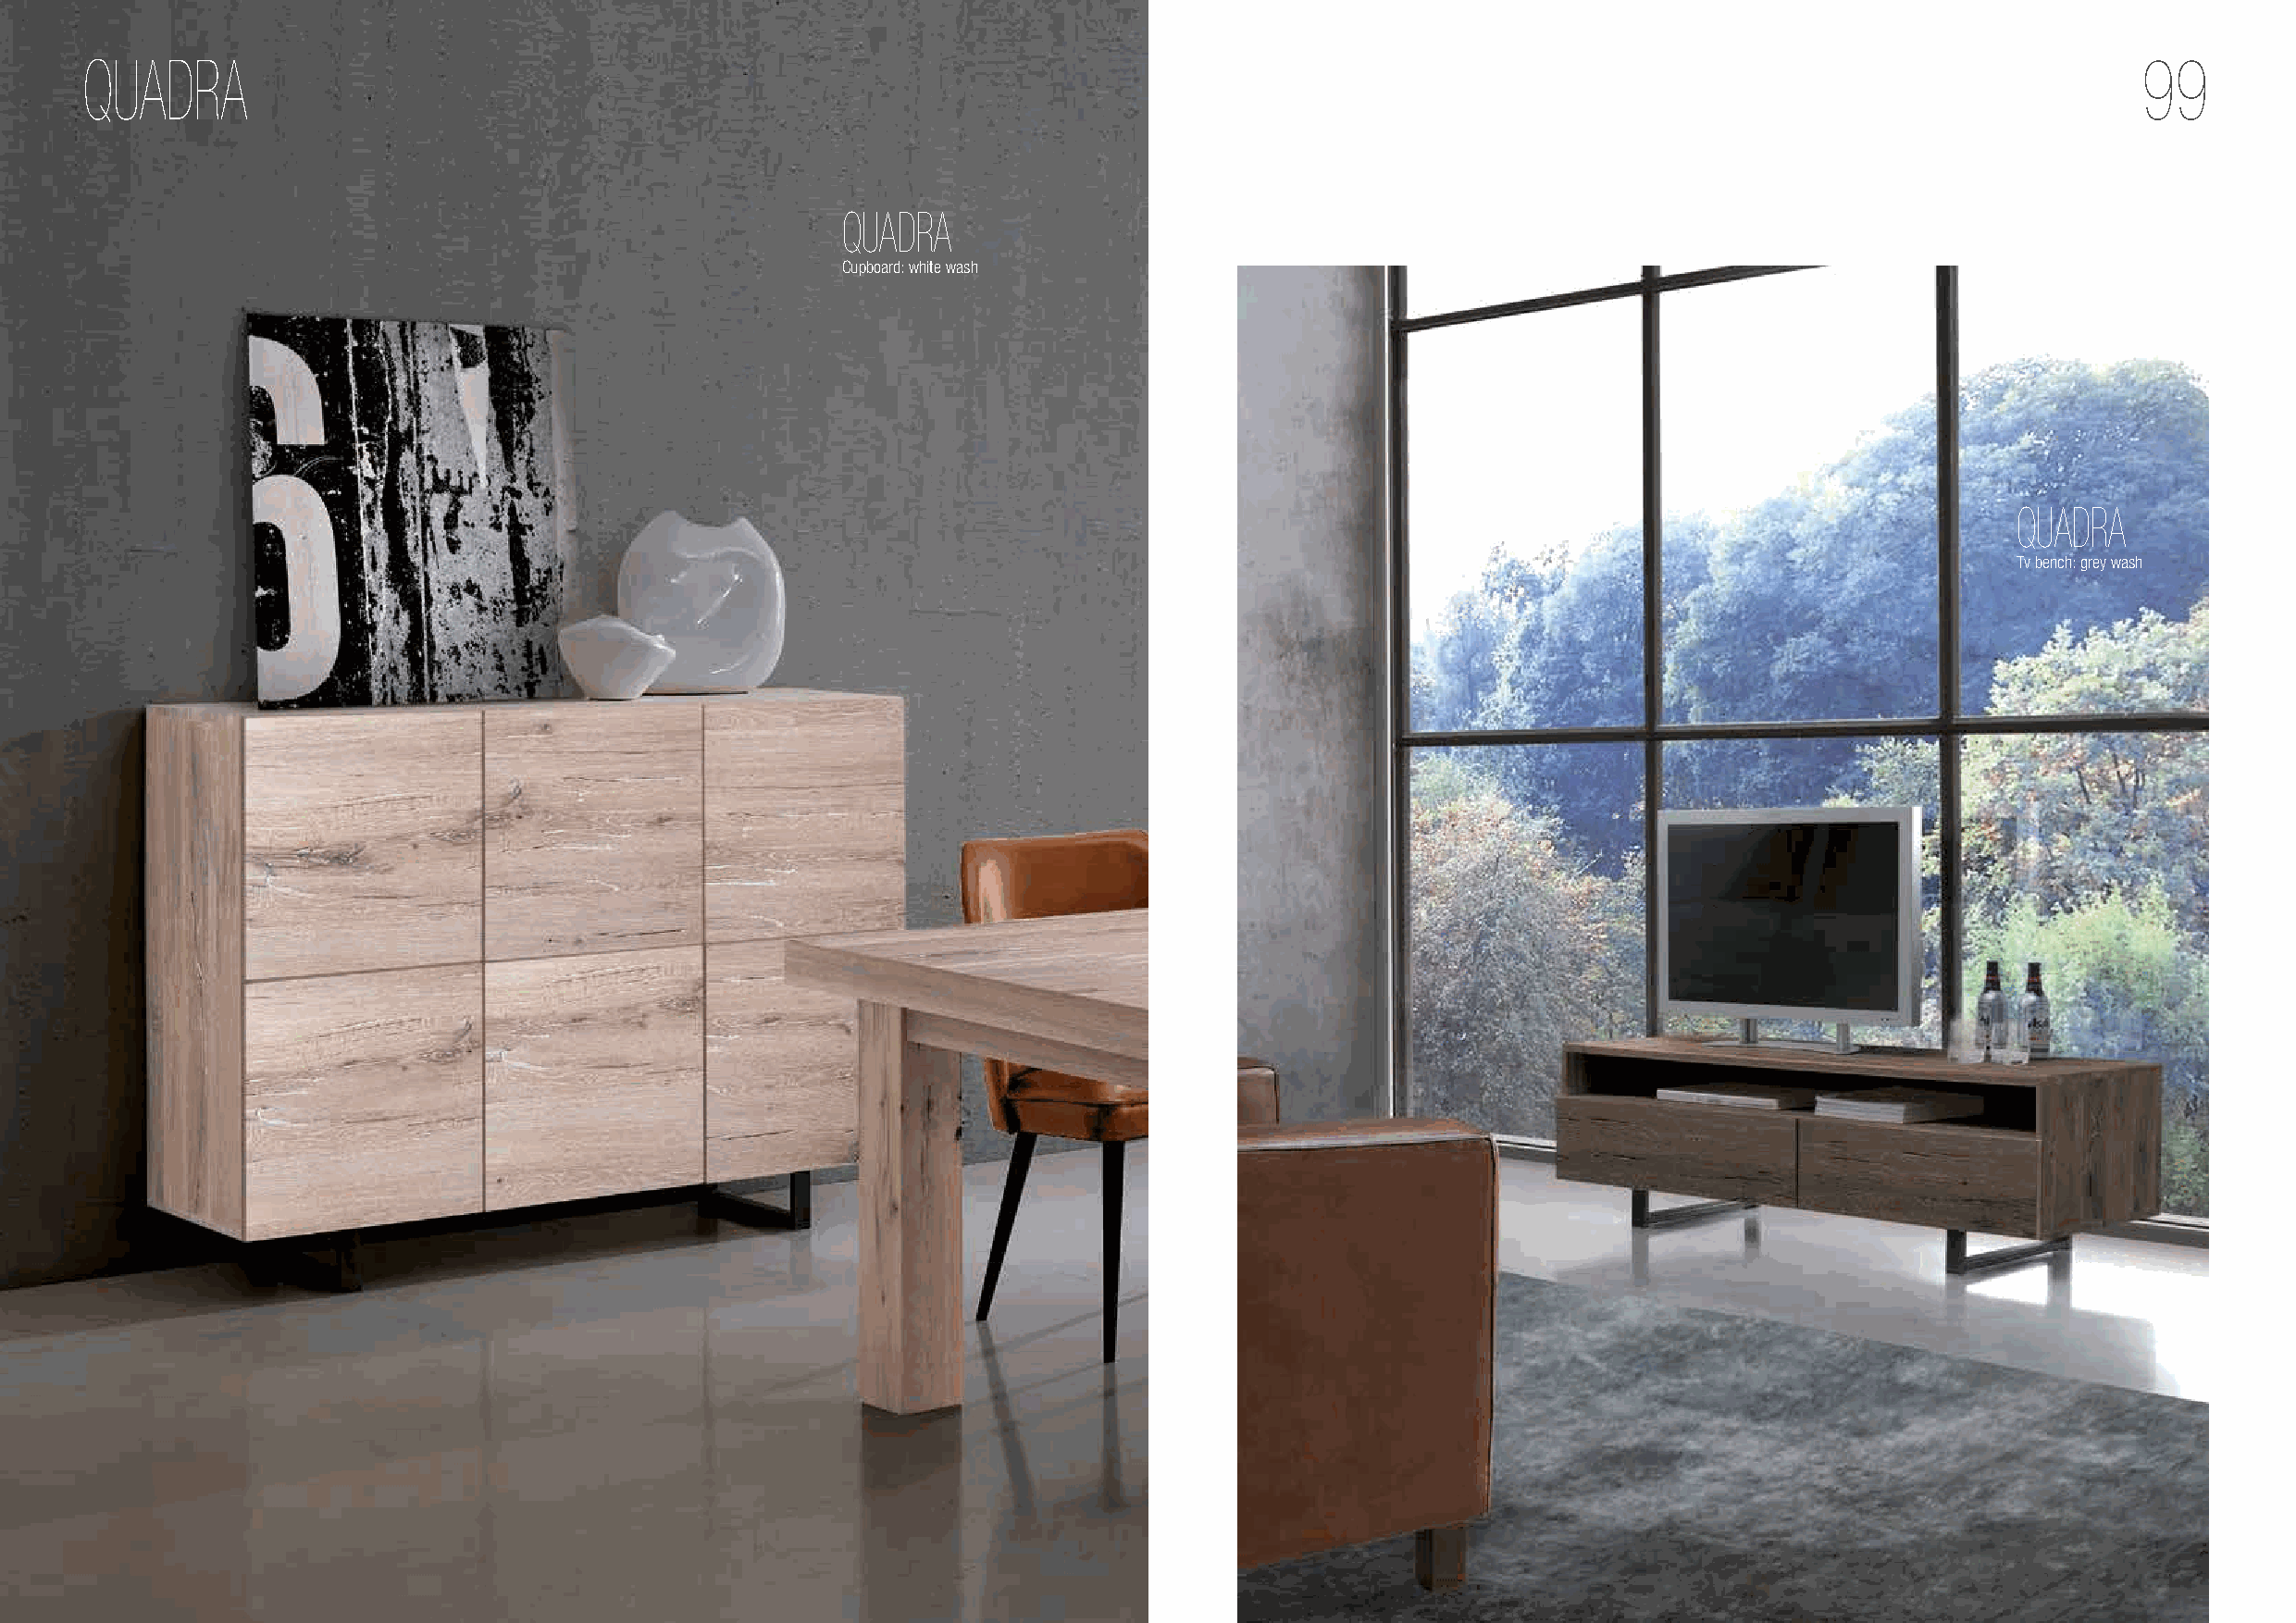
QUADRA                                                                                                                                             99
 QUADRA
 Cupboard: white wash
 QUADRA
 Tv bench: grey wash